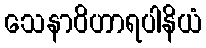
သေနာဝိဟာရပါနိယံ